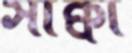
সাক্বী